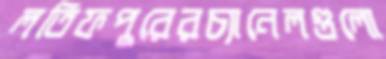
লতিফপুরেরচ্যানেলগুলো